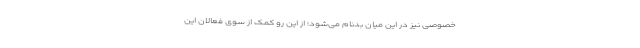
خصوصی نیز در این میان بدنام می‌شود؛ از این رو کمک از سوی فعالان این